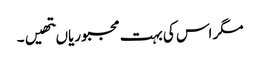
مگر اس کی بہت مجبوریاںتھیں۔